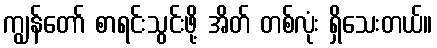
ကျွန်တော် စာရင်းသွင်းဖို့ အိတ် တစ်လုံး ရှိသေးတယ်။